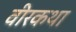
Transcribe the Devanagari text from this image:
वीरकथा